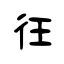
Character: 彺